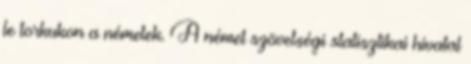
le torkukon a németek. A német szövetségi statisztikai hivatal